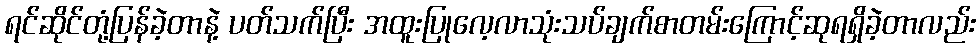
ရင်ဆိုင်တုံ့ပြန်ခဲ့တာနဲ့ ပတ်သက်ပြီး အထူးပြုလေ့လာသုံးသပ်ချက်စာတမ်းကြောင့်ဆုရရှိခဲ့တာလည်း